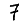
Digit: 7